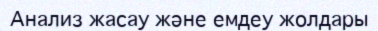
Анализ жасау және емдеу жолдары